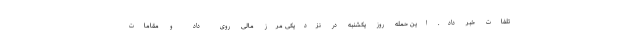
تلفات خبر داد. این حمله روز یکشنبه در نزدیکی مرز مالی روی داد و مقامات